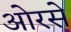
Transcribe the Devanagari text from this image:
ओरसे